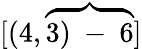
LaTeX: [(4,\overbrace{3)\mathrm{~-~}6}]